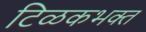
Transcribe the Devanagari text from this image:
टिळकभक्त